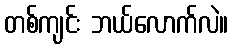
တစ်ကျင်း ဘယ်လောက်လဲ။